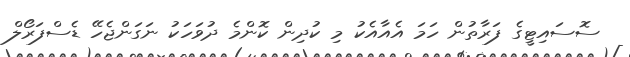
ސޮސައިޓީގެ ފަރާތުން ހަމަ އެއާއެކު މި ކުދިން ކޮންމެ ދުވަހަކު ނަގަންޖެހޭ ޑެސްފަރޯލް